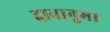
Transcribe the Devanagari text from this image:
दानानुमा